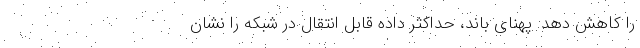
را کاهش دهد. پهنای باند، حداکثر داده قابل انتقال در شبکه را نشان